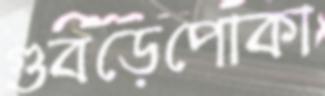
গুবড়েপোকা